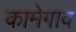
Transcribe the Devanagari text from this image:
कामेगाव